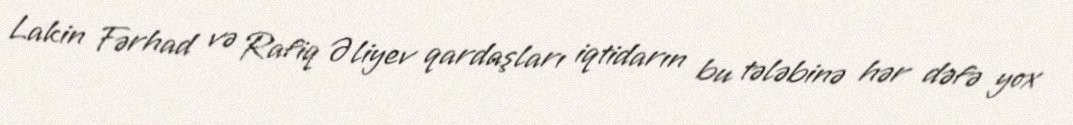
Lakin Fərhad və Rafiq Əliyev qardaşları iqtidarın bu tələbinə hər dəfə yox